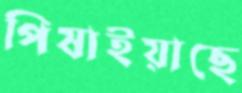
পিষাইয়াছে